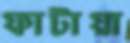
ফাটায়া